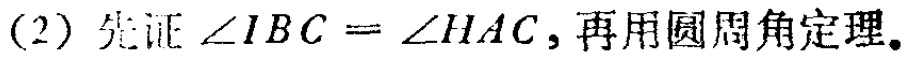
(2) 先证$\angle IBC = \angle HAC$, 再用圆周角定理.